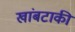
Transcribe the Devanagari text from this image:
खांबटाकी